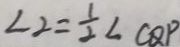
\angle 2 = \frac { 1 } { 2 } \angle C Q P